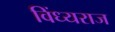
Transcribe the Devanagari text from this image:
विंध्यराज